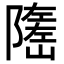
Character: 𡽃